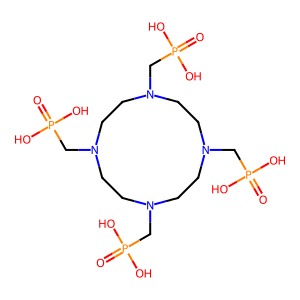
SMILES: O=P(O)(O)CN1CCN(CP(=O)(O)O)CCN(CP(=O)(O)O)CCN(CP(=O)(O)O)CC1
Inhibits HIV replication: No